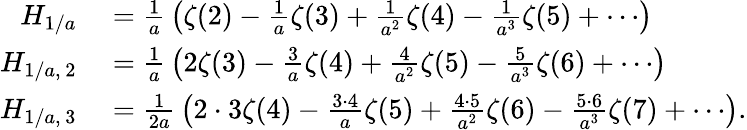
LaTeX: \begin{array}{rl}{H_{1/a}}&{{}={\frac{1}{a}}\left(\zeta(2)-{\frac{1}{a}}\zeta(3)+{\frac{1}{a^{2}}}\zeta(4)-{\frac{1}{a^{3}}}\zeta(5)+\cdots\right)}\\ {H_{1/a,\, 2}}&{{}={\frac{1}{a}}\left(2\zeta(3)-{\frac{3}{a}}\zeta(4)+{\frac{4}{a^{2}}}\zeta(5)-{\frac{5}{a^{3}}}\zeta(6)+\cdots\right)}\\ {H_{1/a,\, 3}}&{{}={\frac{1}{2a}}\left(2\cdot 3\zeta(4)-{\frac{3\cdot 4}{a}}\zeta(5)+{\frac{4\cdot 5}{a^{2}}}\zeta(6)-{\frac{5\cdot 6}{a^{3}}}\zeta(7)+\cdots\right).}\end{array}